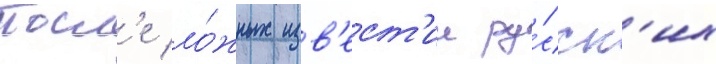
Посл'е ло́жных изв'ест'ии ру́сск'их